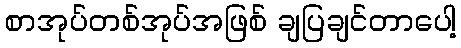
စာအုပ်တစ်အုပ်အဖြစ် ချပြချင်တာပေါ့